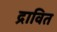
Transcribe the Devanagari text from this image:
द्रावित